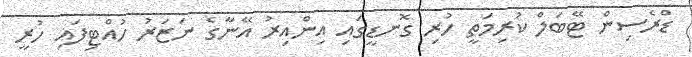
ޑްރެސިން ޓޭބަލް ކުރިމަތީ ހުރި ގޮނޑީގައި އިންއިރު އޭނާގެ ނަޒަރު ހުއްޓިފައި ހުރީ